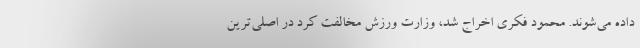
داده می‌شوند. محمود فکری اخراج شد، وزارت ورزش مخالفت کرد در اصلی‌ترین